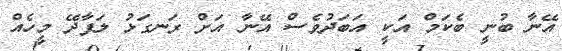
އޭނާ ބުނީ ބެކަމް އަކީ އަބަދުވެސް އޭނާ އަށް ރަނގަޅު ލަފާދޭ މީހެއް